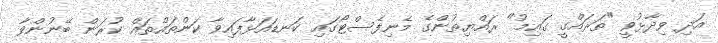
އަދި ވިދާޅުވީ "ތަރައްގީ ގައިމު" ރައްޔިތުންގެ މެނިފެސްޓޯގައި ކަނޑައަޅާފައިވާ ކަންތައްތައް ކުރަން ބޭނުންވާ